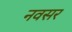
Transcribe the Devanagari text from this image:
नवसर